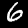
Label: 6